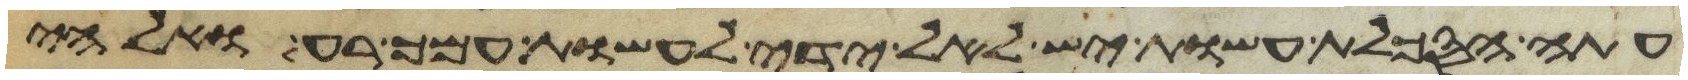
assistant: עתה הסכלת עשות יש לאל ידי לעשות עמך רע ואלהי